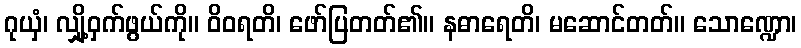
ဂုယှံ၊ လျှို့ဝှက်ဖွယ်ကို။ ဝိဝရတိ၊ ဖော်ပြတတ်၏။ နဓာရေတိ၊ မဆောင်တတ်။ သောဏ္ဍော၊